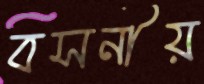
বসনীয়